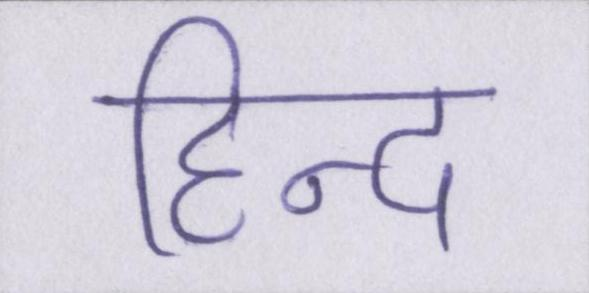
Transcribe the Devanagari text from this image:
हिन्द